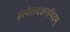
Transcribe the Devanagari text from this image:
इत्येतदक्षरमिदम्